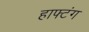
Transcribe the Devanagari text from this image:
हाफ्टंग